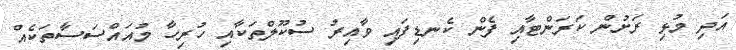
އަދި މުޅި ރަށުން ކަރަންޓާއި ފެން ކެނޑިފައި ވާއިރު ސުކޫލްތަކާއި ހުރިހާ މުއައްސަސާތަކެއް